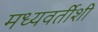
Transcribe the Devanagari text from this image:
मध्यवर्तीशी